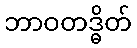
ဘာဝတဒ္ဓိတ်